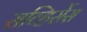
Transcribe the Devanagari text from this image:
सव्हिर्सेस